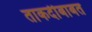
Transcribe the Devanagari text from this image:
ताकदीबाबत